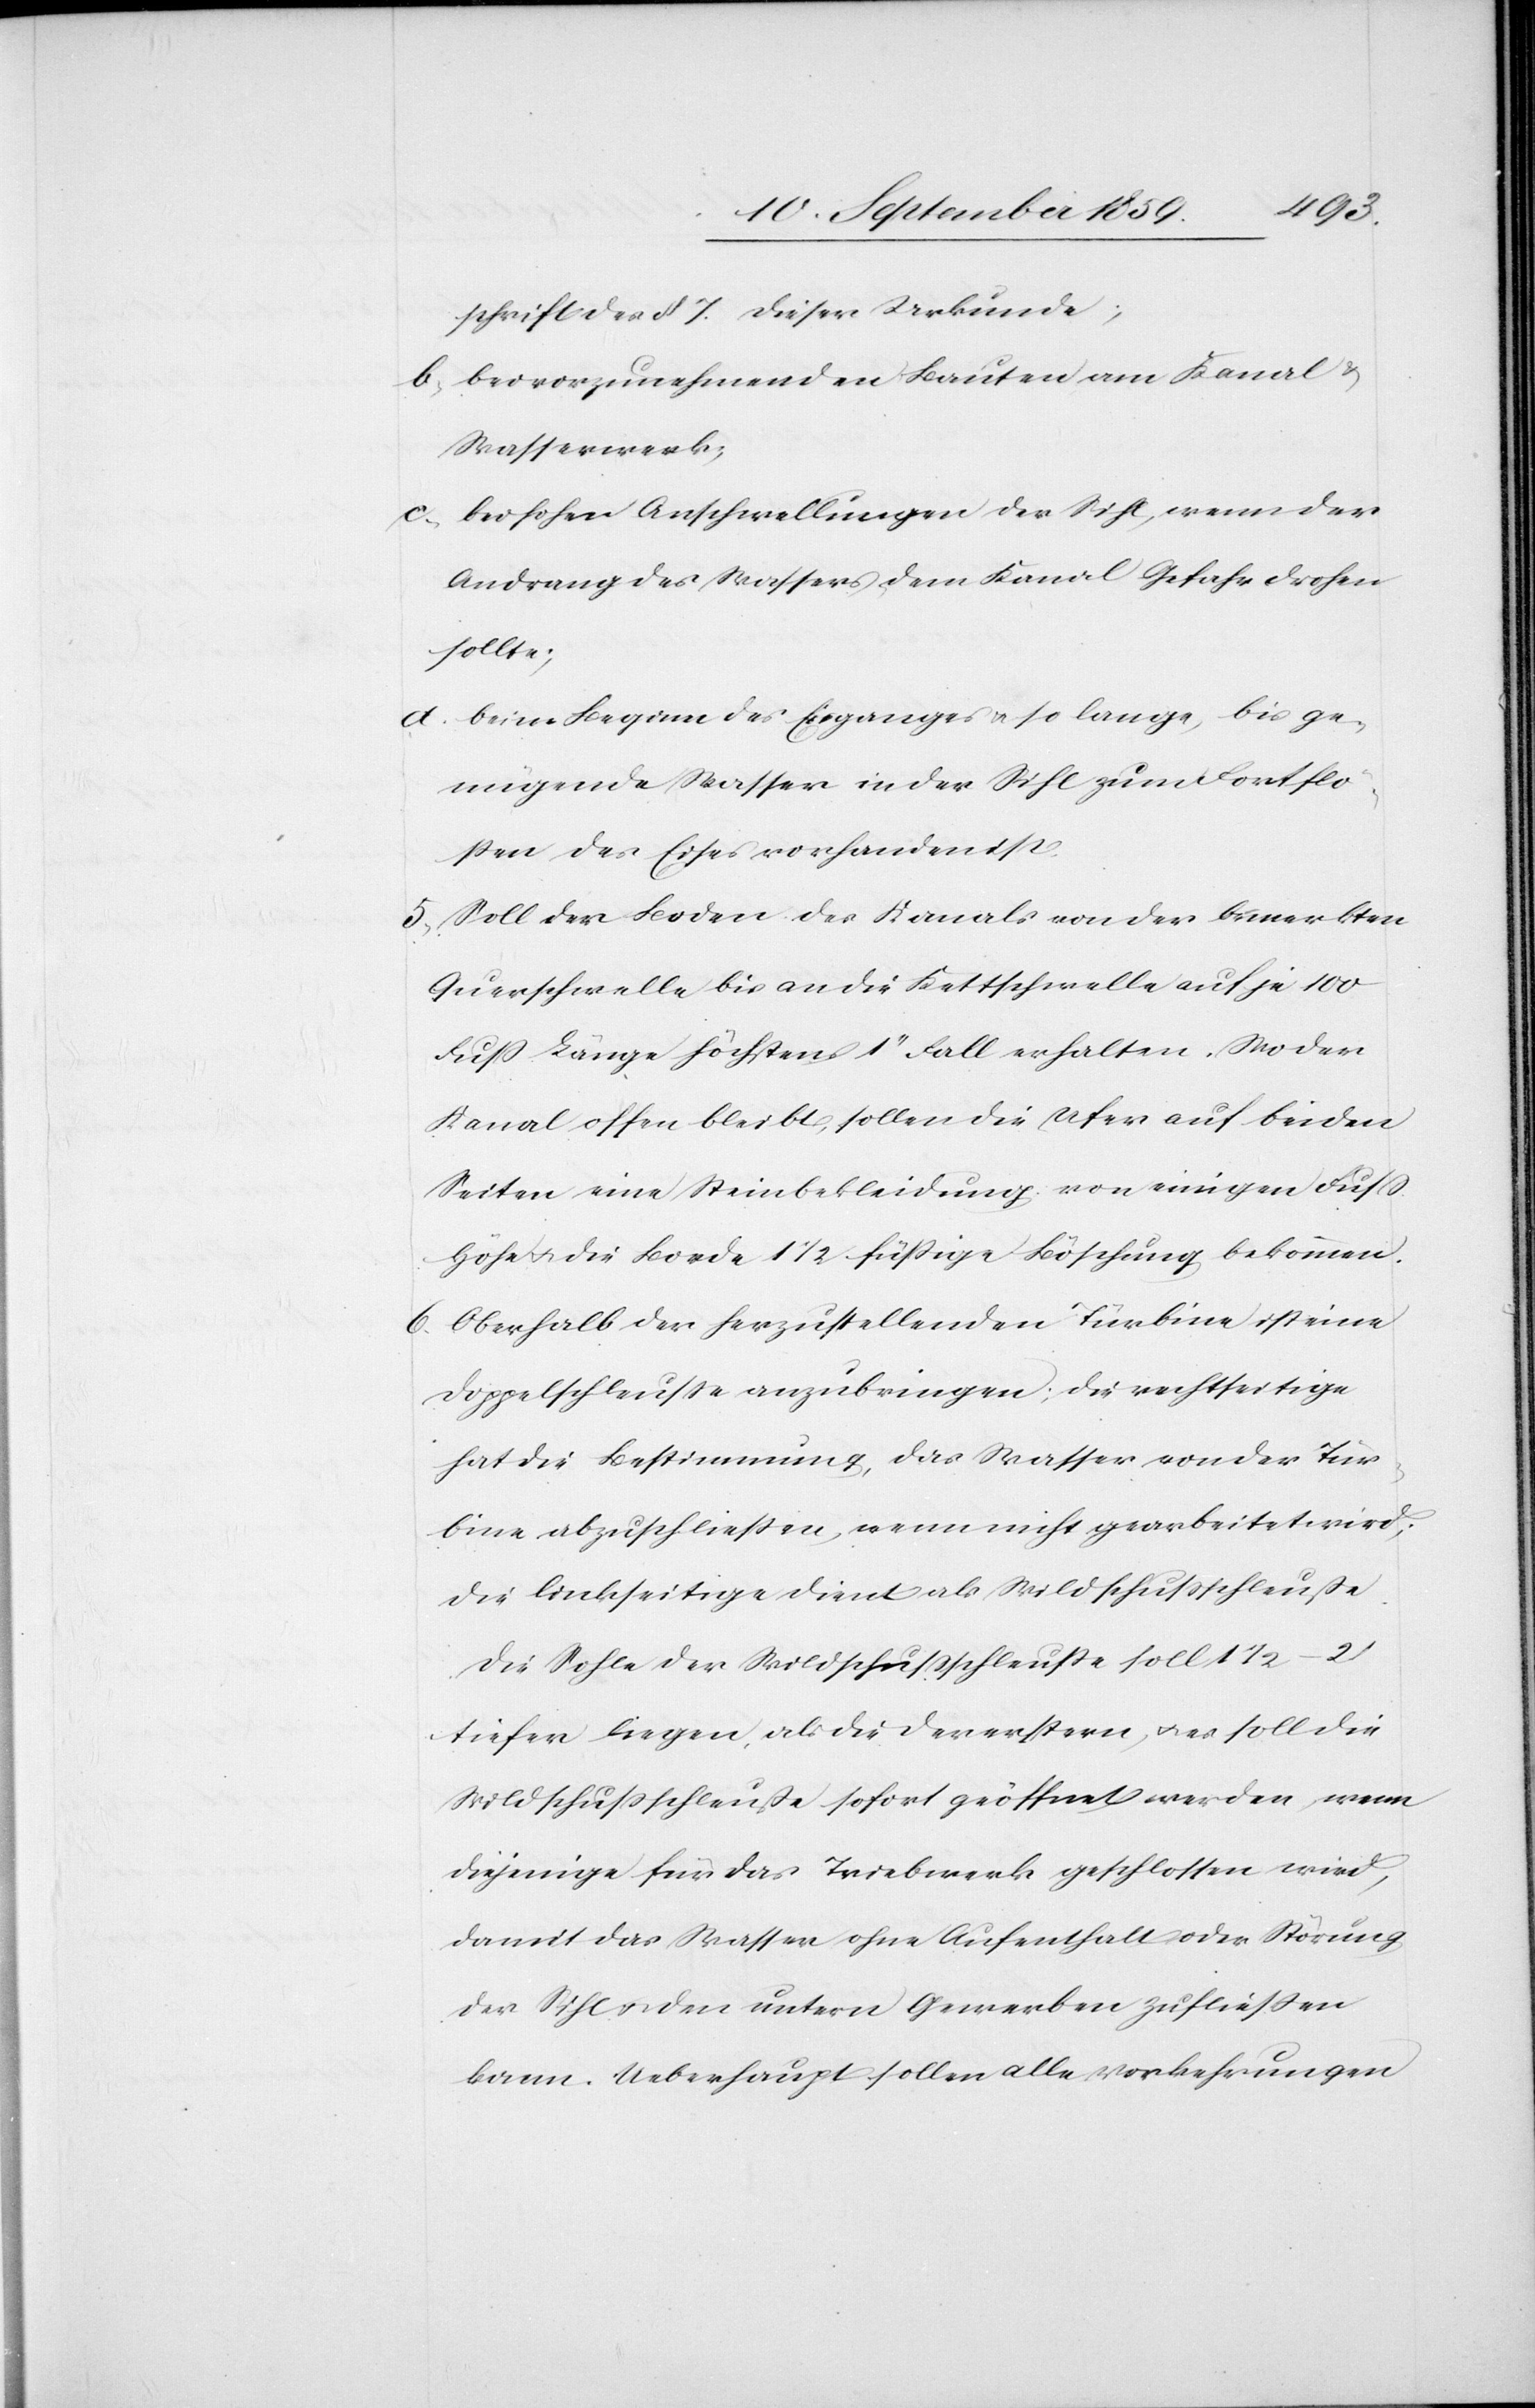
schrift des § 7. dieser Urkunde;
b. bei vorzunehmenden Bauten am Kanal &
Wasserwerk;
c. bei hohen Anschwellungen der Sihl, wenn der
Andrang des Wassers dem Kanal Gefahr drohen
sollte;
d. beim Beginn des Eisganges & so lange, bis ge¬
nügende [sic!] Wasser in der Sihl zum Fortflö¬
ßen des Eises vorhanden ist.
5. Soll der Boden des Kanals von der bemerkten
Querschwelle bis an die Kettschwelle auf je 100
Fuß Länge höchstens 1’’ Fall erhalten. Wo der
Kanal offen bleibt, sollen die Ufer auf beiden
Seiten eine Steinbekleidung von einigen Fuß
Höhe & die Borde 11/2 füßige Böschung bekommen.
6. Oberhalb der herzustellenden Turbine ist eine
Doppelschleuße anzubringen; die rechtseitige
hat die Bestimmung, das Wasser von der Tur¬
bine abzuschließen, wenn nicht gearbeitet wird;
die linksseitige dient als Wildschußschleuße
die Sohle der Wildschußschleuse soll 11/2
tiefer liegen, als die der erstern, & es soll die
Wildschußschleuße sofort geöffnet werden wenn
diejenige für das Triebwerk geschlossen wird,
damit das Wasser ohne Aufenthalt oder Störung
der Sihl & den untern Gewerben zufließen
kann. Ueberhaupt sollen alle Vorkehrungen